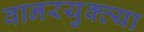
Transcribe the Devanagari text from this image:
वानरयुक्त्या